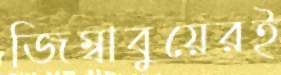
জিম্বাবুয়েরই